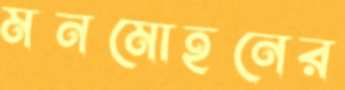
মনমোহনের